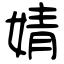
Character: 婧